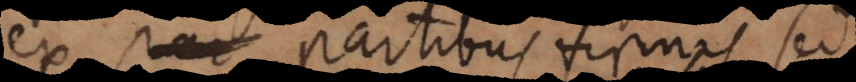
ex partibus firmis, sed